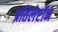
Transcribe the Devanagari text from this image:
प्रतिलेप्टॉन